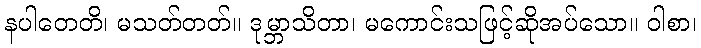
နပါတေတိ၊ မသတ်တတ်။ ဒုမ္ဘာသိတာ၊ မကောင်းသဖြင့်ဆိုအပ်သော။ ဝါစာ၊